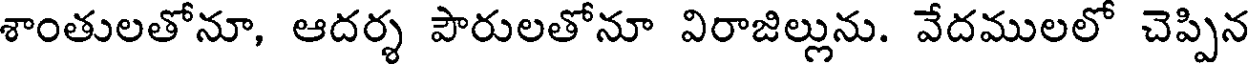
శాంతులతోనూ, ఆదర్శ పౌరులతోనూ విరాజిల్లును. వేదములలో చెప్పిన